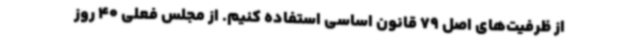
از ظرفیت‌های اصل 79 قانون اساسی استفاده کنیم. از مجلس فعلی 40 روز